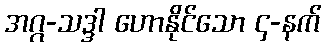
အဂ္ဂ-သဒ္ဒါ ဟောနိုင်သော ၄-နက်